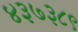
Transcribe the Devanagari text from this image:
४३७३८९